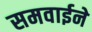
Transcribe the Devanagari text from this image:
समवाईने